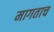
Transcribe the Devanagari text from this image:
मागताच